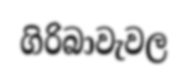
ගිරිබාවැවල